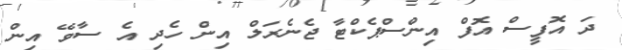
ދަ އޮފީސް އޮފް އިންސްޕެކްޓާ ޖެނެރަލް އިން ހެދި އެ ސާވޭ އިން